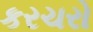
કરચરો